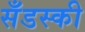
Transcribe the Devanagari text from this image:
सँडस्की